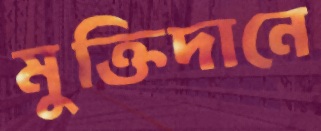
মুক্তিদানে